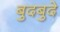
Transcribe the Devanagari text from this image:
बुदबुदे